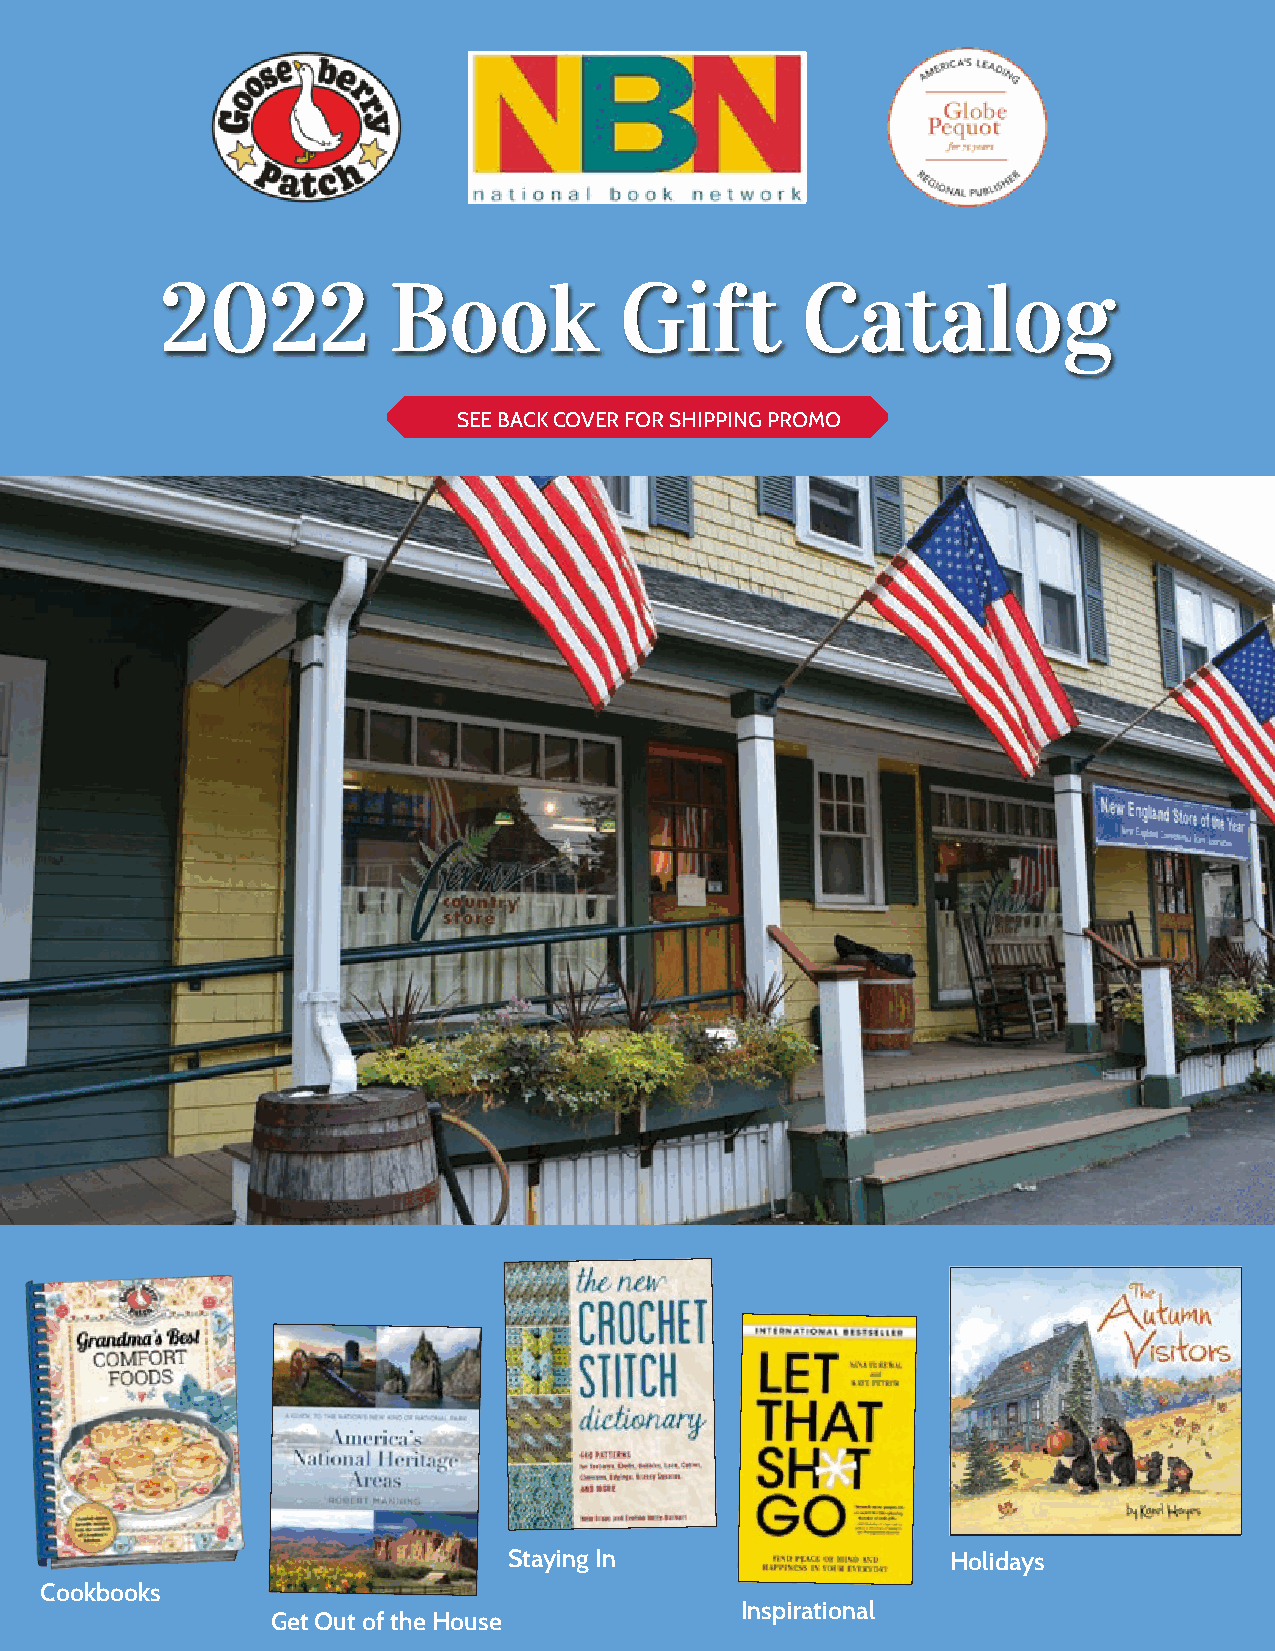
2022           Book           Gift        Catalog
 SEE BACK COVER FOR SHIPPING PROMO
 Staying In                   Holidays
 Cookbooks
 Inspirational
 Get Out of the House